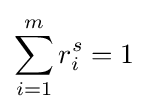
\sum _{i=1}^{m}r_{i}^{s}=1